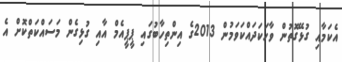
އެކަމާއި ގުޅޭގޮތުން ވާހަކަދައްކަވަމުން 2013ގެ އިންތިހާބުގައި ޕީޕީއެމް އާއި ގުޅިގެން މަސައްކަތްކޮށް އެ